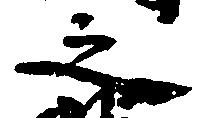
之